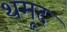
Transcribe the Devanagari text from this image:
थमूद